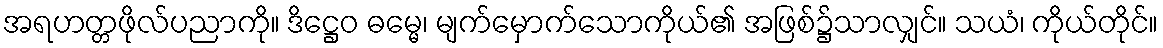
အရဟတ္တဖိုလ်ပညာကို။ ဒိဋ္ဌေဝ ဓမ္မေ၊ မျက်မှောက်သောကိုယ်၏ အဖြစ်၌သာလျှင်။ သယံ၊ ကိုယ်တိုင်။